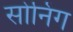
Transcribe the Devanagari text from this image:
सोनिंग